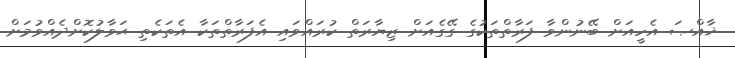
ޚާއްޞަ އެހީއަށް ބޭނުންވާ ފަރާތްތަކުގެ ގޭގެއަށް ޒިޔާރަތް ކުރައްވައި އެފަރާތްތަކާ އެތަކެތި ޙަވާލުކޮށްދެއްވުމަށް